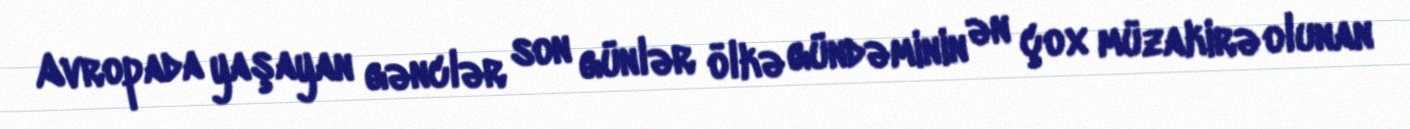
Avropada yaşayan gənclər son günlər ölkə gündəminin ən çox müzakirə olunan